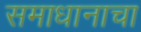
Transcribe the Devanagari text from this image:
समाधानाचा